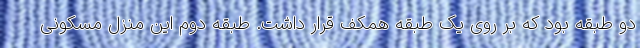
دو طبقه بود که بر روی یک طبقه همکف قرار داشت. طبقه دوم این منزل مسکونی